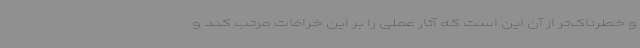
و خطرناک‌تر از آن این است که آثار عملی را بر این خرافات مرتب کند و